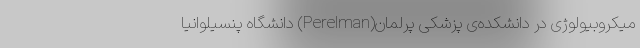
میکروبیولوژی در دانشکده‌ی پزشکی پرلمان(Perelman) دانشگاه پنسیلوانیا